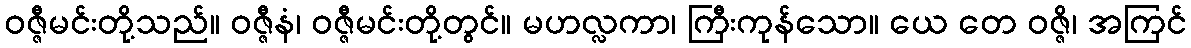
ဝဇ္ဇီမင်းတို့သည်။ ဝဇ္ဇီနံ၊ ဝဇ္ဇီမင်းတို့တွင်။ မဟလ္လကာ၊ ကြီးကုန်သော။ ယေ တေ ဝဇ္ဇိ၊ အကြင်